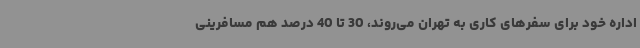
اداره خود برای سفرهای کاری به تهران می‌روند، 30 تا 40 درصد هم مسافرینی